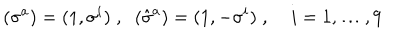
( \sigma ^ { a } ) = ( 1 , \sigma ^ { i } ) \; , \; \; ( \hat { \sigma } ^ { a } ) = ( 1 , - \sigma ^ { i } ) \; , \; i = 1 , \ldots , 9